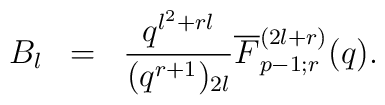
\begin{array}{rcl}B_l & = &\displaystyle\frac{q^{l^2 +rl}}{(q^{r+1})_{2l}}\overline{F}^{(2l+r)}_{p-1;r}(q).\end{array}